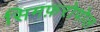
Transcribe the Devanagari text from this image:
सिमफ़रोपोल